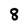
Character: 8